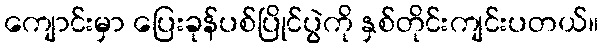
ကျောင်းမှာ ပြေးခုန်ပစ်ပြိုင်ပွဲကို နှစ်တိုင်းကျင်းပတယ်။